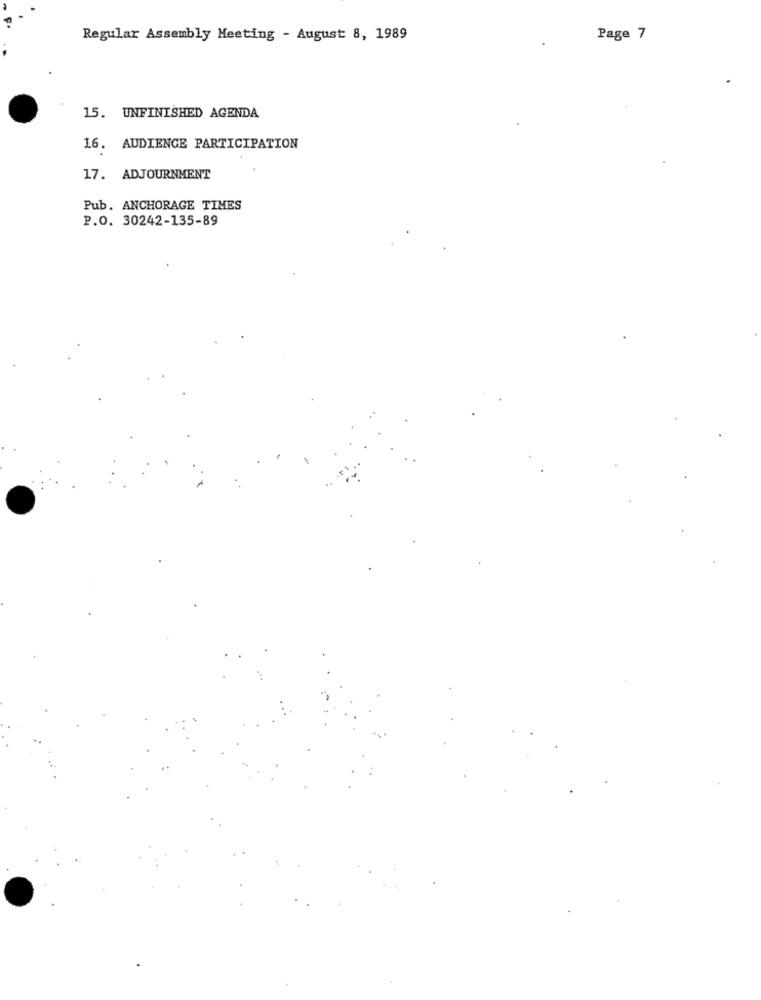
Regular Assembly Meeting - August 8, 1989
Page 7
15. UNFINISHED AGENDA
16. AUDIENCE PARTICIPATION
17. ADJOURNMENT
Pub. ANCHORAGE TIMES
P.O. 30242-135-89